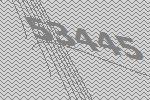
53445